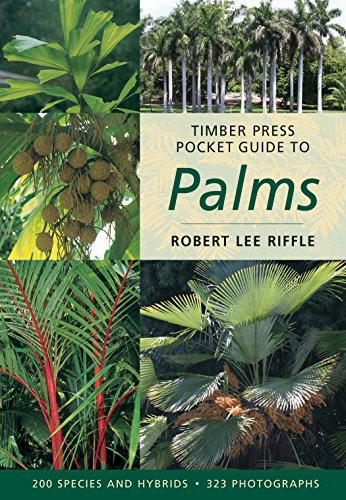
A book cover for Timber Press Pocket Guide to Palms (Timber Press Pocket Guides); Robert Lee Riffle; Crafts, Hobbies & Home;